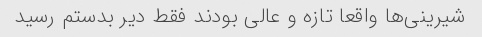
شیرینی‌ها واقعا تازه و عالی بودند فقط دیر بدستم رسید